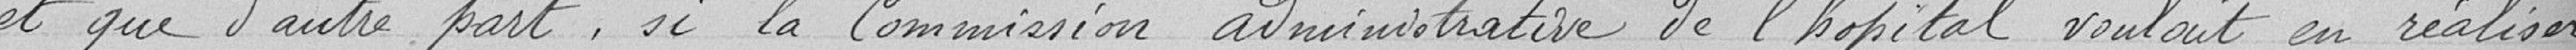
et que d'autre par,t, si la Commission administrative de l'hôpital voulait en réaliser